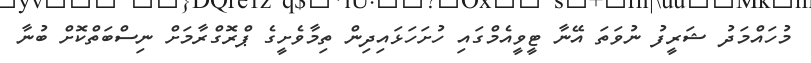
މުހައްމަދު ޝަރީފު ނުވަތަ އޭނާ ޓީވީއެމްގައި ހުށަހަޅައިދިން ތިމާވެށީގެ ޕްރޮގްރާމަށް ނިސްބަތްކޮށް ބުނާ